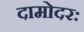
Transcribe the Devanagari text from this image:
दामोदरः